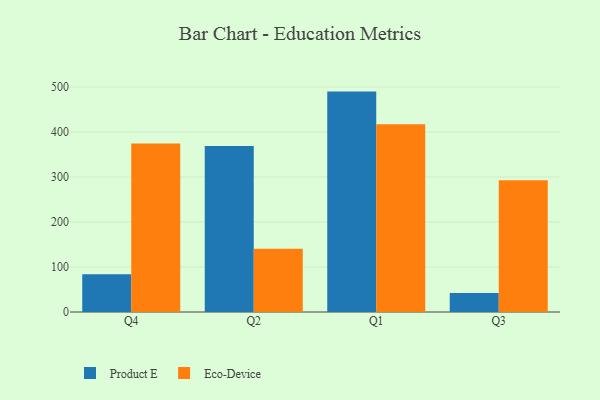
{"axis": {"x": "Quarter", "y": "Population (Million)"}, "legend": ["Eco-Device", "Product E"], "data": [{"x": "Q4", "y": 83.9, "type": "Product E"}, {"x": "Q4", "y": 374.7, "type": "Eco-Device"}, {"x": "Q2", "y": 369.1, "type": "Product E"}, {"x": "Q2", "y": 140.3, "type": "Eco-Device"}, {"x": "Q1", "y": 489.8, "type": "Product E"}, {"x": "Q1", "y": 417.4, "type": "Eco-Device"}, {"x": "Q3", "y": 42.3, "type": "Product E"}, {"x": "Q3", "y": 293.0, "type": "Eco-Device"}]}